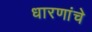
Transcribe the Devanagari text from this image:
धारणांचे